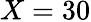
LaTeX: X=30